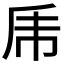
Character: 乕